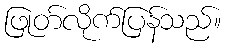
ဖြုတ်လိုက်ပြန်သည်။